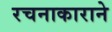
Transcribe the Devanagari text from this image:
रचनाकाराने